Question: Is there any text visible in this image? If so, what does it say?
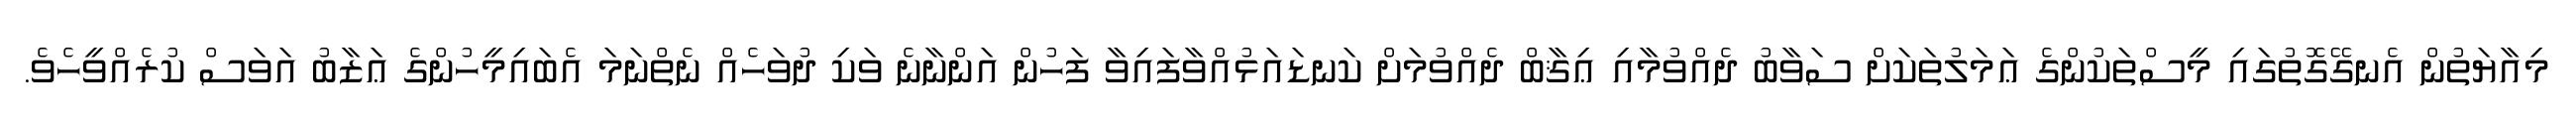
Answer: މިއާޔަތުން އެނގޭގޮތުގައި މީސްތަކުންގެ ޢަމަލުތަކަށް ސަވާބު ދެއްވުމާއި ޢިޤާބް ދެއްވުމަށް ކަނޑައަޅުއްވާފައިވާ ފަހުން އަންނާނެ ވަކި ދުވަހެއް ނެތްނަމަ އެބައިމީހުންގެ ޢަޒާބު އަވަސް ކުރެއްވީހެވެ.